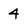
Character: 4